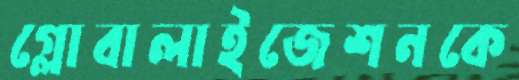
গ্লোবালাইজেশনকে